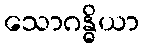
သောဂန္ဓိယာ